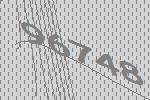
96748